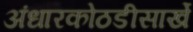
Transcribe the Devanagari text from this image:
अंधारकोठडीसार्खे